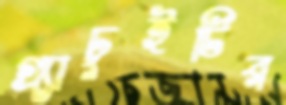
গ্র্যাচুইটির